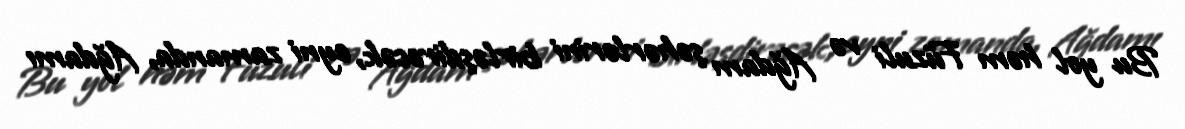
Bu yol həm Füzuli və Ağdam şəhərlərini birləşdirəcək, eyni zamanda, Ağdamı